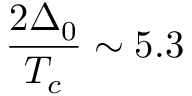
\frac { 2 \Delta _ { 0 } } { T _ { c } } \sim 5 . 3